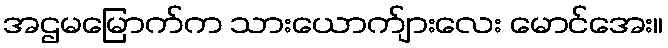
အဌမမြောက်က သားယောက်ျားလေး မောင်အေး။